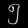
Digit: ၅